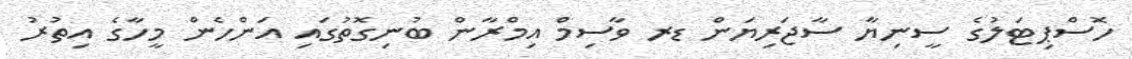
ހޮސްޕިޓަލުގެ ސީނިޔާ ސާޖަރިޔަން ޑރ ވާސިމް އިމްރާން ބުނިގޮތުގައި އަންހެން މީހާގެ އިތުރު